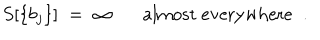
LaTeX: S [ \{ b _ { j } \} ] \; = \; \infty \mathrm { a l m o s t ~ e v e r y w h e r e } \; \; .